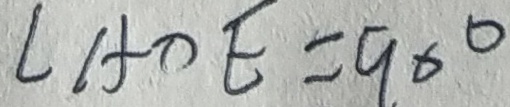
\angle A D E = 9 0 ^ { \circ }